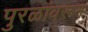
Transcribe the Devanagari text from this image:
पुरळांवरून